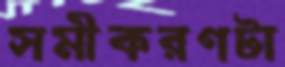
সমীকরণটা